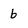
Character: b